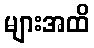
များအထိ